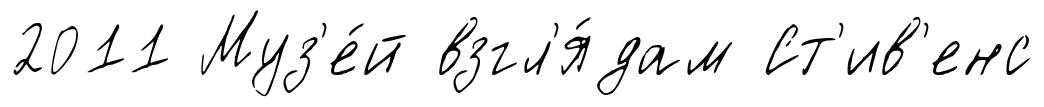
2011 Муз'е́й взгл'я́дам Ст'ив'енс